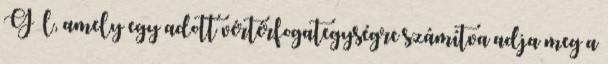
G l, amely egy adott vértérfogategységre számítva adja meg a